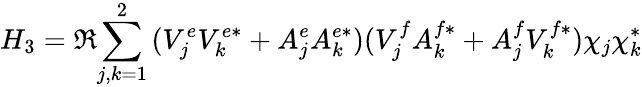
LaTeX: H_{3}=\Re{\sum_{j,k=1}^{2}{(V_{j}^{e}V_{k}^{e*}+A_{j}^{e}A_{k}^{e*})(V_{j}^{f}A_{k}^{f*}+A_{j}^{f}V_{k}^{f*})\chi_{j}\chi_{k}^{*}}}